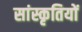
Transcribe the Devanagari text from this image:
सांस्कृतियों